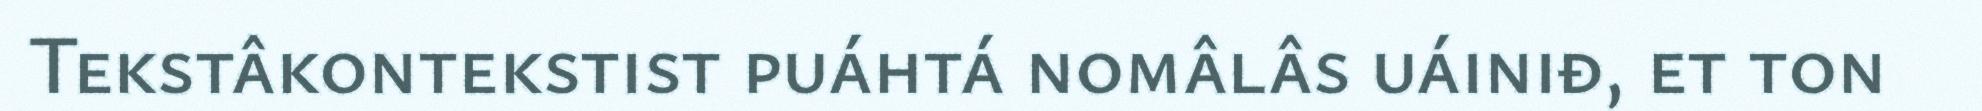
Tekstâkontekstist puáhtá nomâlâs uáiniđ, et ton